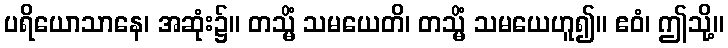
ပရိယောသာနေ၊ အဆုံး၌။ တသ္မိံ သမယေတိ၊ တသ္မိံ သမယေဟူ၍။ ဧဝံ၊ ဤသို့။